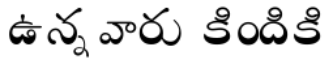
ఉన్నవారు కిందికి